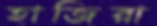
হাজিরা